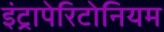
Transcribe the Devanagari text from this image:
इंट्रापेरिटोनियम